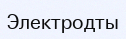
Электродты